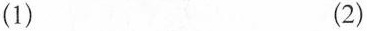
（1）（2）